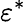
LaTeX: \varepsilon^{*}